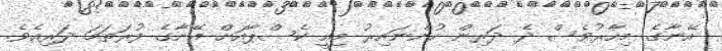
އޭނާގެ މިހާރުވެސް ދެ ދަރިން ހުންނައިރު މިއީ ކެސްޕާއަށް އޭނާގެ ފުރަތަމަ ދަރިއެވެ.